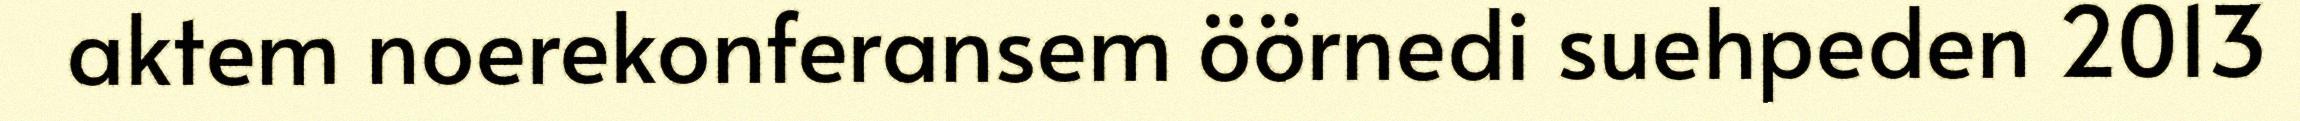
aktem noerekonferansem öörnedi suehpeden 2013